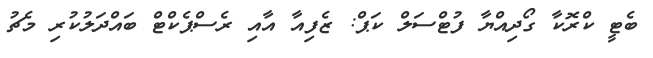
ބެޓީ ކްރޮކާ ގޯދިއްޔާ ފުޓްސަލް ކަޕް: ޒެފިއާ އާއި ރެސްޕެކްޓް ބައްދަލުކުރި މެޗު